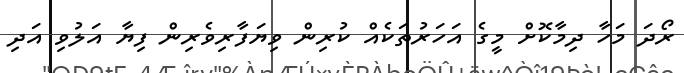
ރޯދަ މަހާ ދިމާކޮށް މީގެ އަހަރުތަކެއް ކުރިން ވިޔަފާރިވެރިން ފިޔާ އަލުވި އަދި